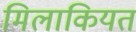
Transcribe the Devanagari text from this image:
मिलाकियत